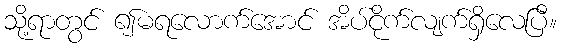
သို့ရာတွင် ၍မရလောက်အောင် အိပ်ငိုက်လျက်ရှိလေပြီ။